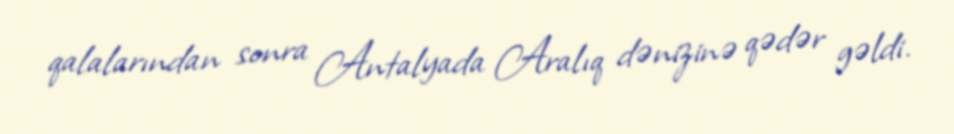
qalalarından sonra Antalyada Aralıq dənizinə qədər gəldi.